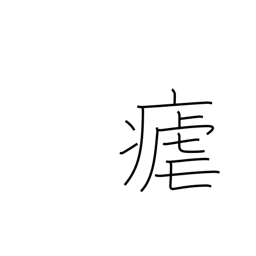
Meaning: intermittent fever